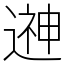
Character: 𨕫